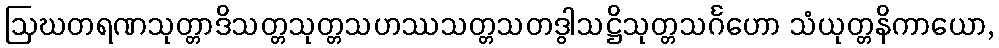
ဩဃတရဏသုတ္တာဒိသတ္တသုတ္တသဟဿသတ္တသတဒွါသဋ္ဌိသုတ္တသင်္ဂဟော သံယုတ္တနိကာယော,